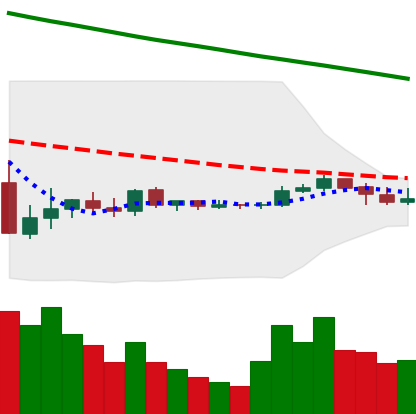
Ticker: XLM-USD
Chart end date: 2019-10-13
Forward return: 5.955%
Label: up_5_7